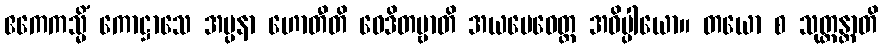
ဧကေကသ္မိံ ကောဋ္ဌာသေ အပ္ပနာ ဟောတီတိ ဝေဒိတဗ္ဗာတိ အယမေဝေတ္ထ အဓိပ္ပါယော။ တယော စ သုတ္တန္တာတိ